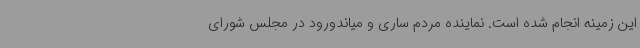
این زمینه انجام شده است. نماینده مردم ساری و میاندورود در مجلس شورای